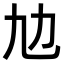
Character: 𠠵